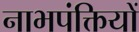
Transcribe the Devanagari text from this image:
नाभपंक्तियों